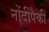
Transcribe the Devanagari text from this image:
नोंदींपैकी